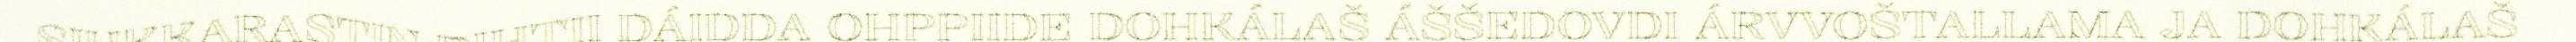
SIHKKARASTIN DIHTII DÁIDDA OHPPIIDE DOHKÁLAŠ ÁŠŠEDOVDI ÁRVVOŠTALLAMA JA DOHKÁLAŠ